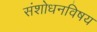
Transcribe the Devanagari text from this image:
संशोधनविषय